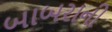
બાબરાની